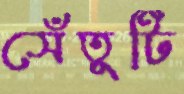
সেঁতুটি